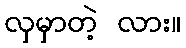
လှမှာတဲ့ လား။